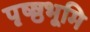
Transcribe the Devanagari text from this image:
पृष्ष्ठभूमि